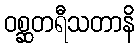
ဝစ္ဆတရီသတာနိ